Vaccination in Bombay 1902-1912 - 1902-1912
Year: 1902
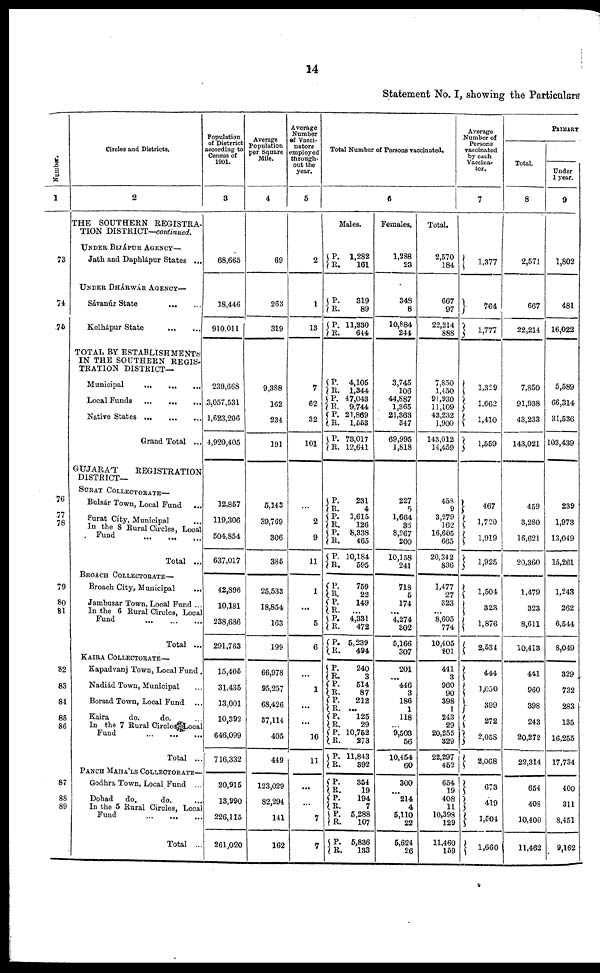
14
Statement No. I, showing the Particulars
Number.
1
73
74
76
76
77
78
79
80
81
82
83
84
85
86
87
88
89
Circles and Districts.
2
THE SOUTHERN REGISTRA-
TION DISTRICT—continued.
UNDER BIJÁPUR AGENCY—
Jath and Daphlápur States ...
UNDER DHARWÁR AGENCY—
Sávanúr State
...
...
Kolhápur State
...
...
TOTAL BY ESTABLISHMENTS
IN THE SOUTHERN REGIS-
TRATION DISTRICT—
Municipal
...
...
...
Local Funds
...
...
...
Native States
...
...
...
Grand Total ...
GUJARAT
REGISTRATION
DISTRICT—
SURAT COLLECTORATE—
Bulsár Town, Local Fund
...
Surat City, Municipal ...
In the 8 Rural Circles, Local
Fund
...
...
...
Total ...
BROACH COLLECTORATE—
Broach City, Municipal ...
Jambusar Town, Local Fund ...
In the 6 Rural Circles, Local
Fund ... ... ...
Total ...
KAIRA COLLECTORATE—
Kapadvanj Town, Local Fund .
Nadiád Town, Municipal
Borsad Town, Local Fund
...
Kaira
do.
do. ...
In the 7 Rural Circles Local
Fund ... ... ...
Total ...
PANCH MAHÁLS COLLECTORATE—
Godhra Town, Local Fund ...
Dohad
do.
do. ...
In the 5 Rural Circles, Local
Fund ... ... ...
Total ...
Population
of Distrrict
according to
Census of
1901.
3
68,665
18,446
910,011
239,668
3,057,531
1,623,206
4,920,405
12,857
119,306
504,854
637,017
42,896
10,181
238,686
291,763
15,405
31,435
13,001
10,392
646,099
716,332
20,915
13,990
226,115
261,020
Average
Population
per Square
Mile.
4
69
263
319
9,388
162
234
191
5,143
39,769
306
386
25,533
18,854
163
199
66,978
95,257
68,426
37,114
405
449
123,029
82,294
141
162
Average
Number
of Vacci¬
nators
employed
through-
out the
year.
5
2
1
13
7
62
32
101
...
2
9
11
1
...
5
6
...
1
...
...
10
11
...
...
7
7
Total Number of Persons vaccinated.
6
Males.
P.
R.
P.
R.
P.
R.
P.
R.
P.
R.
P.
R.
P.
R.
P.
R.
P.
R.
P.
R.
P.
R.
P.
R.
P.
R.
P.
R.
P.
R.
P.
R.
P.
R.
P.
R.
P.
R.
P.
R.
P.
R.
P.
R.
P.
R.
P.
R.
P.
R.
1,282
161
319
89
11,330
644
4,105
1,344
47,043
9,744
21,869
1,553
73,017
12,641
231
4
1,615
126
8,338
465
10,184
595
759
22
149
...
4,331
472
5,239
494
240
3
514
87
212
...
125
29
10,752
273
11,843
392
354
19
194
7
5,288
107
5,836
133
Females.
1,288
23
348
8
10,884
244
3,745
106
44,887
1,365
21,363
347
69,995
1,818
227
5
1,664
36
8,267
200
10,158
241
718
5
174
...
4,274
302
5,166
307
201
...
446
3
186
1
118
...
9,503
56
10,454
60
300
...
214
4
5,110
22
5,624
26
Total.
2,570
184
667
97
22,214
888
7,850
1,450
91,930
11,109
43,232
1,900
143,012
14,459
458
9
3,279
162
16,605
665
20,342
836
1,477
27
323
...
8,605
774
10,405
801
441
3
960
90
398
1
243
29
20,255
329
22,297
452
654
19
408
11
10,398
129
11,460
159
Average
Number of
Persons
vaccinated
by each
Vaccina¬
tor.
7
1,377
764
1,777
1,329
1,662
1,410
1,559
467
1,720
1,919
1,925
1,504
323
1,876
2,534
444
1,050
399
272
2,058
2,068
673
419
1,504
1,660
PRIMARY
Total.
8
2,571
667
22,214
7,850
91,938
43,233
143,021
459
3,280
16,621
20,360
1,479
323
8,611
10,413
441
960
398
243
20,272
22,314
654
408
10,400
11,462
Under
1 year.
9
1,802
481
16,022
5,589
66,314
31,536
103,439
239
1,973
13,049
15,261
1,243
262
6,544
8,049
329
732
283
135
16,255
17,734
400
311
8,451
9,162